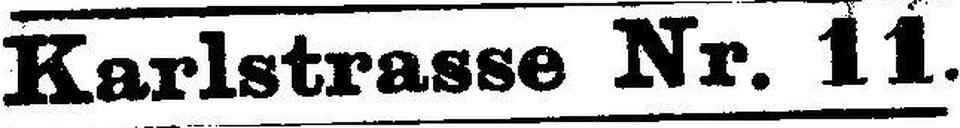
Karlstrasse Nr. 11.